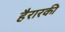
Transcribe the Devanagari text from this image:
हैरारकी